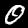
Digit: 0